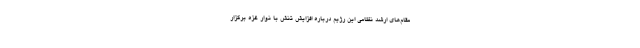
مقام‌های ارشد نظامی این رژیم درباره افزایش تنش با نوار غزه برگزار